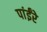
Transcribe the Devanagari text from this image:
पांईंरे